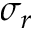
\sigma _ { r }